Report on horse surra - Volume I
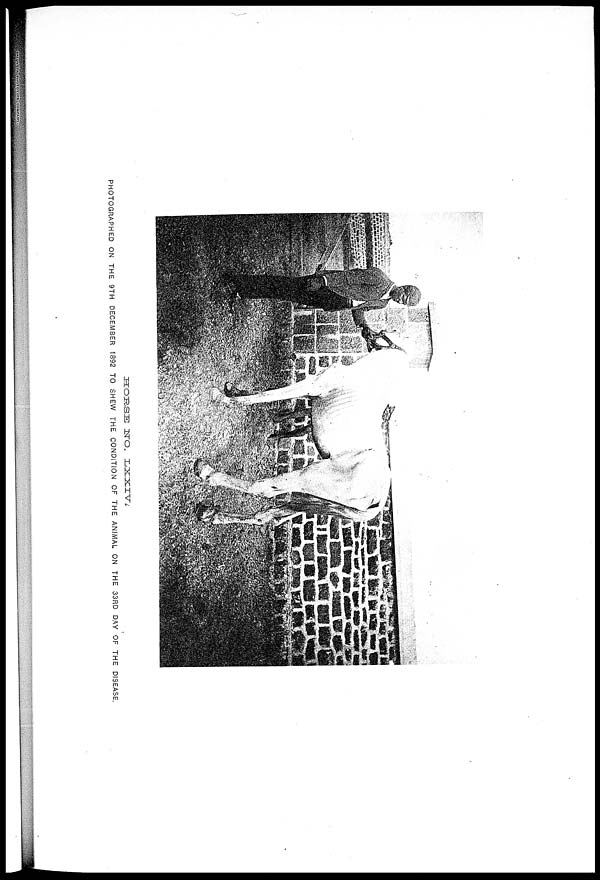
HORSE
NO.
LXXIV.
PHOTOGRAPHED ON THE 9TH DECEMBER 1892 TO SHEW THE CONDITION OF THE ANIMAL ON THE 33RD DAY OF THE DISEASE.